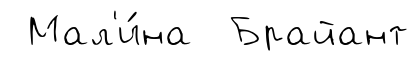
Мал'и́на Брайант